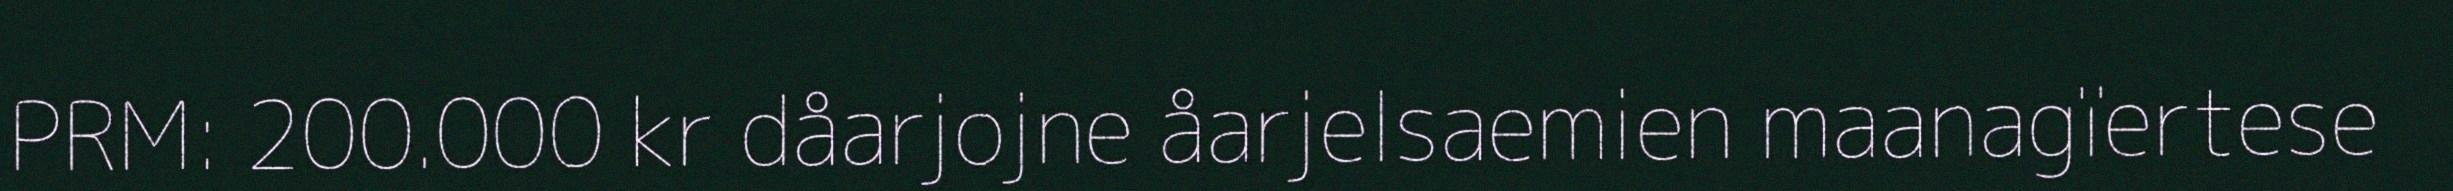
PRM: 200.000 kr dåarjojne åarjelsaemien maanagïertese